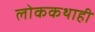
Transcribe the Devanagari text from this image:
लोककथाही